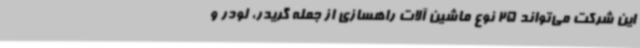
این شرکت می‌تواند 25 نوع ماشین آلات راهسازی از جمله گریدر، لودر و